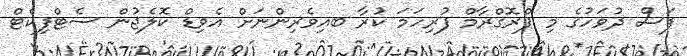
ފަސް ދުވަހުގެ މި ޕްރޮގްރާމް ފުރިހަމަ ކުރާ ބއިވެރިންނަށް އެވިޑް ކޮލެޖުން ސެޓްފިކެޓް